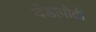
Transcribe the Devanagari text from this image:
दंडापोटी